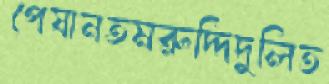
পেষানতমরুদ্দিদুলিত